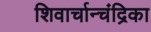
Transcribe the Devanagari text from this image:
शिवार्चान्चंद्रिका